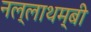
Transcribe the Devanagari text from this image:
नल्लाथम्बी